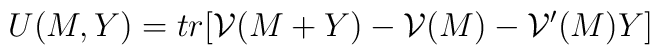
U(M, Y)=tr[{\cal V}(M+Y)-{\cal V}(M)-{\cal V}'(M)Y]